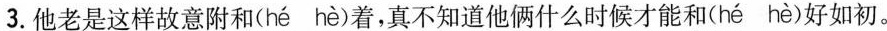
3.他老是这样故意附\underset{·}{和}(hé hè)着，真不知道他俩什么时候才能\underset{·}{和}(hé hè)好如初。